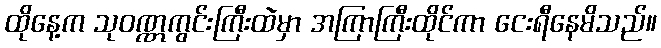
ထိုနေ့က သုဝဏ္ဏကွင်းကြီးထဲမှာ အကြာကြီးထိုင်ကာ ငေးရီနေမိသည်။